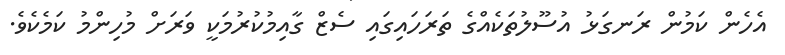
އެހެން ކަމުން ރަނގަޅު އުސޫލުތަކެއްގެ ތަރަހައިގައި ސެޒް ގާއިމުކުރުމަކީ ވަރަށް މުހިންމު ކަމެކެވެ.